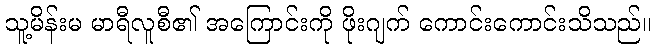
သူ့မိန်းမ မာရီလူစီ၏ အကြောင်းကို ဖိုးဂျက် ကောင်းကောင်းသိသည်။